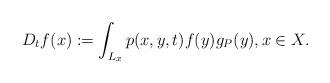
LaTeX: \begin{align*} D_tf(x):=\int_{L_x} p(x,y,t) f(y) g_P (y),x\in X. \end{align*}